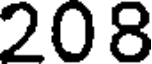
208